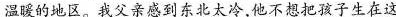
温暖的地区。我父亲感到东北太冷，他不想把孩子生在这